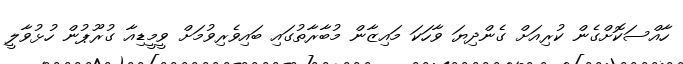
ހާއްސަކޮށްގެން ކުރިއަށް ގެންދިޔަ ވާހަކަ މައިޒާން މުބާރާތުގައި ބައިވެރިވުމަށް ވީމީޑިއާ ގުރޫޕުން ހުޅުވާލީ